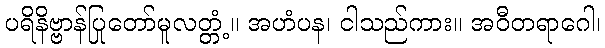
ပရိနိဗ္ဗာန်ပြုတော်မူလတ္တံ့။ အဟံပန၊ ငါသည်ကား။ အဝီတရာဂေါ၊